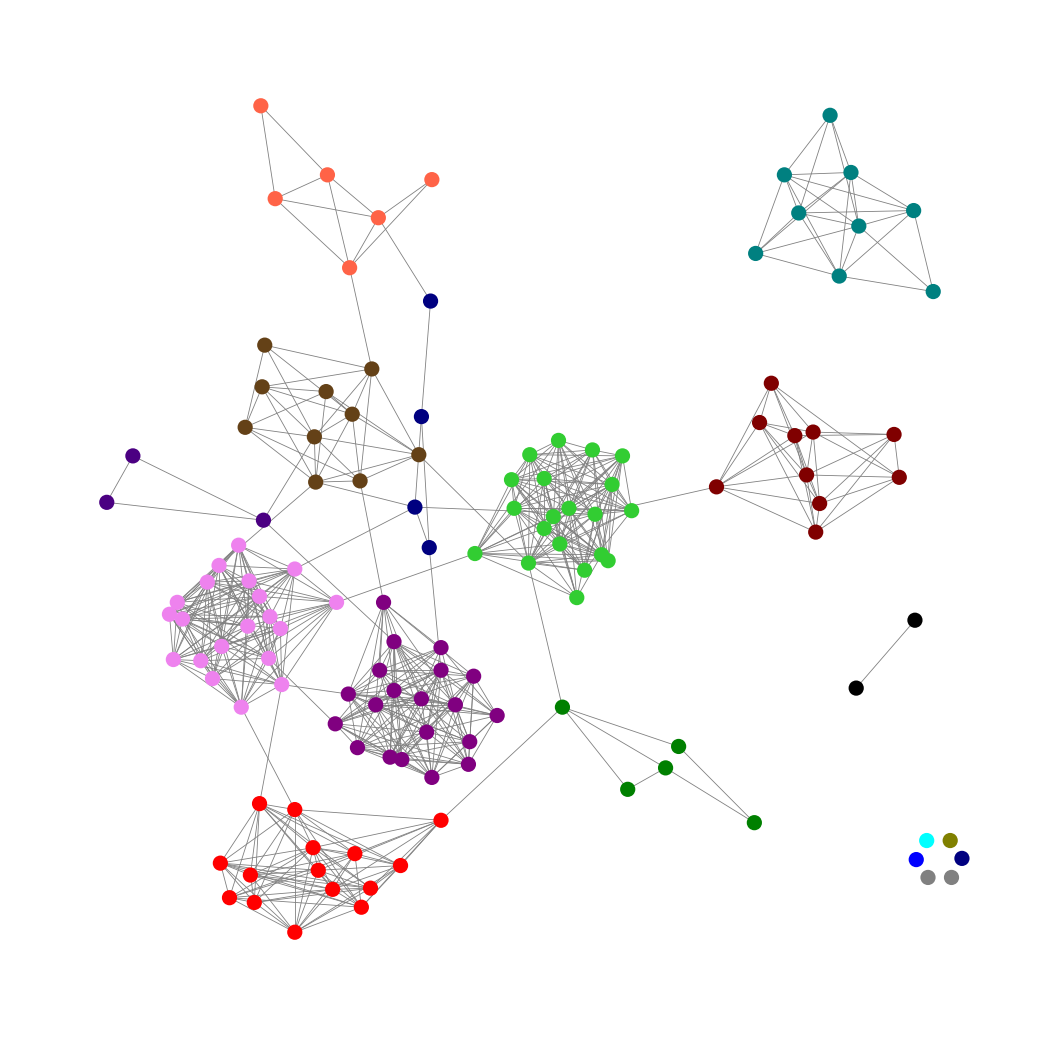
Graph connected: No
Number of connected components: 9
Number of singletons: 6
Total number of nodes: 130
Total number of edges: 630
Number of communities: 16
Community sizes:
Aqua: 1
Black: 2
Blue: 1
Gray: 2
Green: 5
Indigo: 3
Lime Green: 20
Maroon: 10
Navy: 5
Olive: 1
Pullman Brown: 10
Purple: 20
Red: 15
Teal: 9
Tomato: 6
Violet: 20
Graph layout: tda
Graph generation method: erdos_renyi